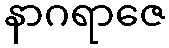
နာဂရာဇေ